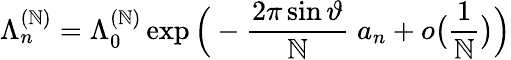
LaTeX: \Lambda_{n}^{(\mathbb{N})}=\Lambda_{0}^{(\mathbb{N})}\exp\Big(-\frac{{2\pi\sin\vartheta}}{\mathbb{N}}\; {a_{n}}+o\big(\frac{1}{\mathbb{N}}\big)\Big)